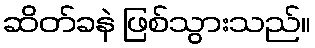
ဆိတ်ခနဲ ဖြစ်သွားသည်။